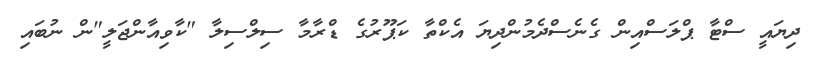
ދިޔައީ ސްޓާ ޕްލަސްއިން ގެނެސްދެމުންދިޔަ އެކްތާ ކަޕޫރުގެ ޑްރާމާ ސިލްސިލާ "ކާވިއާންޖަލީ"ން ނުބައި